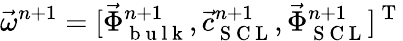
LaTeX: \vec{\omega}^{n+1}=[\vec{\Phi}_{\mathrm{~b~u~l~k~}}^{n+1},\vec{c}_{\mathrm{~S~C~L~}}^{n+1},\vec{\Phi}_{\mathrm{~S~C~L~}}^{n+1}]^{\mathrm{~T~}}